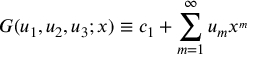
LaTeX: G ( u _ { 1 } , u _ { 2 } , u _ { 3 } ; x ) \equiv c _ { 1 } + \sum _ { m = 1 } ^ { \infty } u _ { m } x ^ { _ { m } }